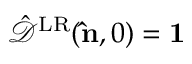
\hat { \mathcal { D } } ^ { \mathrm { L R } } ( { \bf \hat { n } } , 0 ) = { \bf 1 }